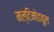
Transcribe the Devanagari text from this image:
मल्टिमोडयूल